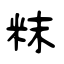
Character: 粖